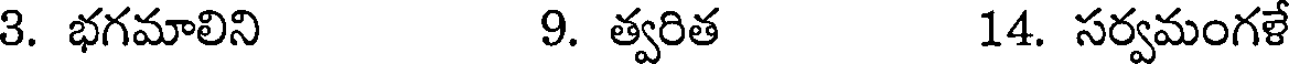
3. భగమాలిని 9. త్వరిత 14. సర్వమంగళే